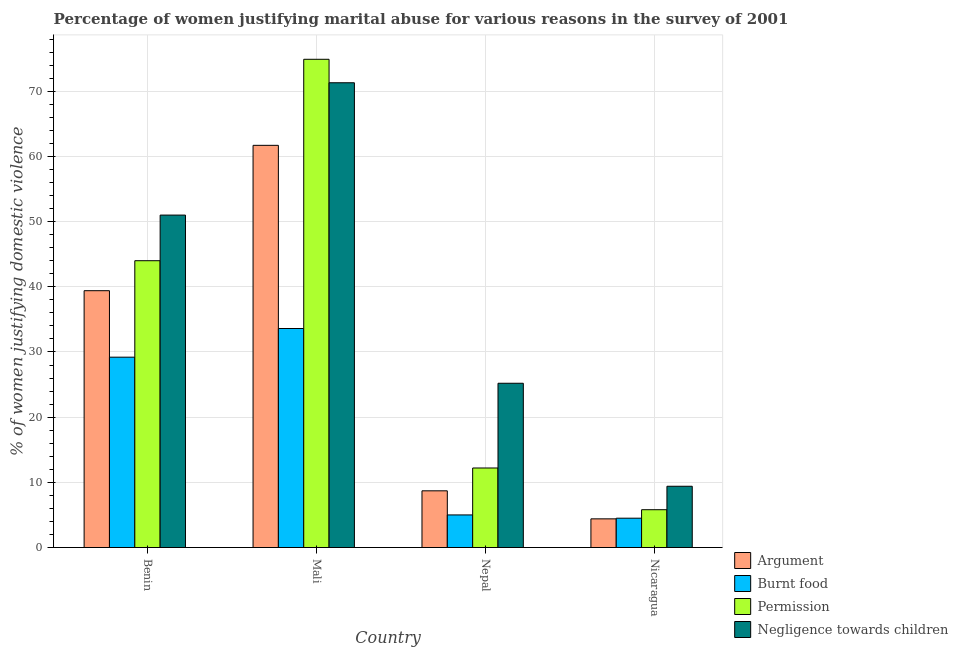
| Country | Argument | Burnt food | Permission | Negligence towards children |
 | --- | --- | --- | --- | --- |
 | Benin | 39.4 | 29.2 | 44 | 51 |
 | Mali | 61.7 | 33.6 | 74.9 | 71.3 |
 | Nepal | 8.7 | 5 | 12.2 | 25.2 |
 | Nicaragua | 4.4 | 4.5 | 5.8 | 9.4 |